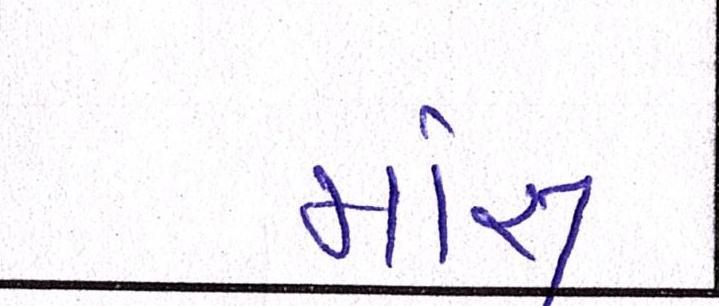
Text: માંસ